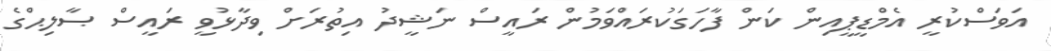
އަވަސްކުރީ އެމްޑީޕީއިން ކަން ފާހަގަކުރައްވަމުން ރައީސް ނަޝީދު އިތުރަށް ވިދާޅުވީ ރައީސް ޞާލިޙްގެ